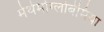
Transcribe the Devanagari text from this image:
मेथेमोग्लोबेमिया